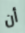
أن